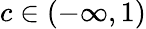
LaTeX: c\in(-\infty,1)